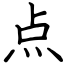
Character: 点